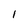
Character: 1